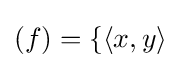
(f)=\{\langle x,y\rangle